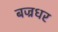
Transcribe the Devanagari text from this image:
बज्रधर